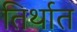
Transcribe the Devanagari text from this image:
तिर्थात